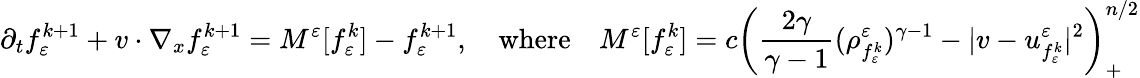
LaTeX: \partial_{t}f_{\varepsilon}^{k+1}+v\cdot\nabla_{x}f_{\varepsilon}^{k+1}=M^{\varepsilon}[f_{\varepsilon}^{k}]-f_{\varepsilon}^{k+1},\quad\mathrm{where}\quad M^{\varepsilon}[f_{\varepsilon}^{k}]=c\left(\frac{2\gamma}{\gamma-1}(\rho_{f_{\varepsilon}^{k}}^{\varepsilon})^{\gamma-1}-|v-u_{f_{\varepsilon}^{k}}^{\varepsilon}|^{2}\right)_{+}^{n/2}